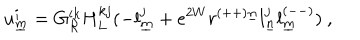
u _ { \underline { { { m } } } } ^ { i } = G _ { { \cal R } } ^ { i k } H _ { L } ^ { k j } ( - l _ { \underline { { { m } } } } ^ { j } + e ^ { 2 W } r ^ { ( + + ) \underline { { { n } } } } l _ { \underline { { { n } } } } ^ { j } l _ { \underline { { { m } } } } ^ { ( -- ) } ) ~ , \qquad